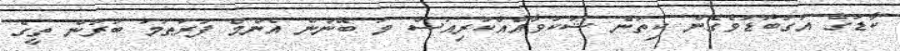
ކާޑުގެ އަގުބޮޑުވެގެން ކިތަންެ ޝަކުވާއެއްކުރިއަސް މަ ބޭނުން އެންމެ ފުރަތަމަ ބުރުން ތީގެ